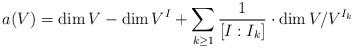
LaTeX: \begin{align*}a(V) = \dim V - \dim V^I + \sum_{k \geq 1} \frac{1}{[I:I_k]} \cdot \dim V/ V^{I_k}\end{align*}